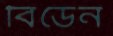
বিডেন